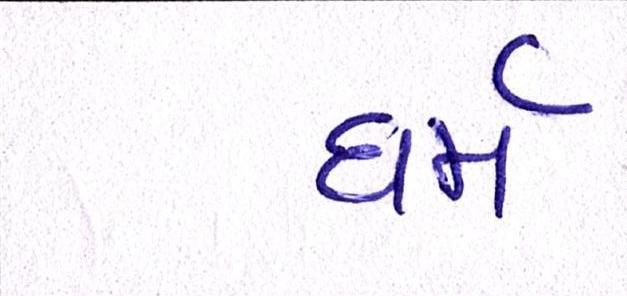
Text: ધર્મ